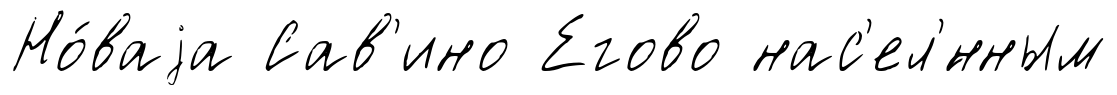
Но́ваjа Сав'ино Егово нас'ел'́нным